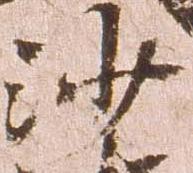
沙